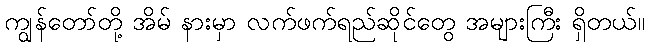
ကျွန်တော်တို့ အိမ် နားမှာ လက်ဖက်ရည်ဆိုင်တွေ အများကြီး ရှိတယ်။